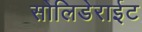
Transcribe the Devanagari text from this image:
सोलिडेराईट